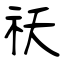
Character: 祅